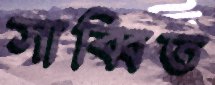
সাব্বিত